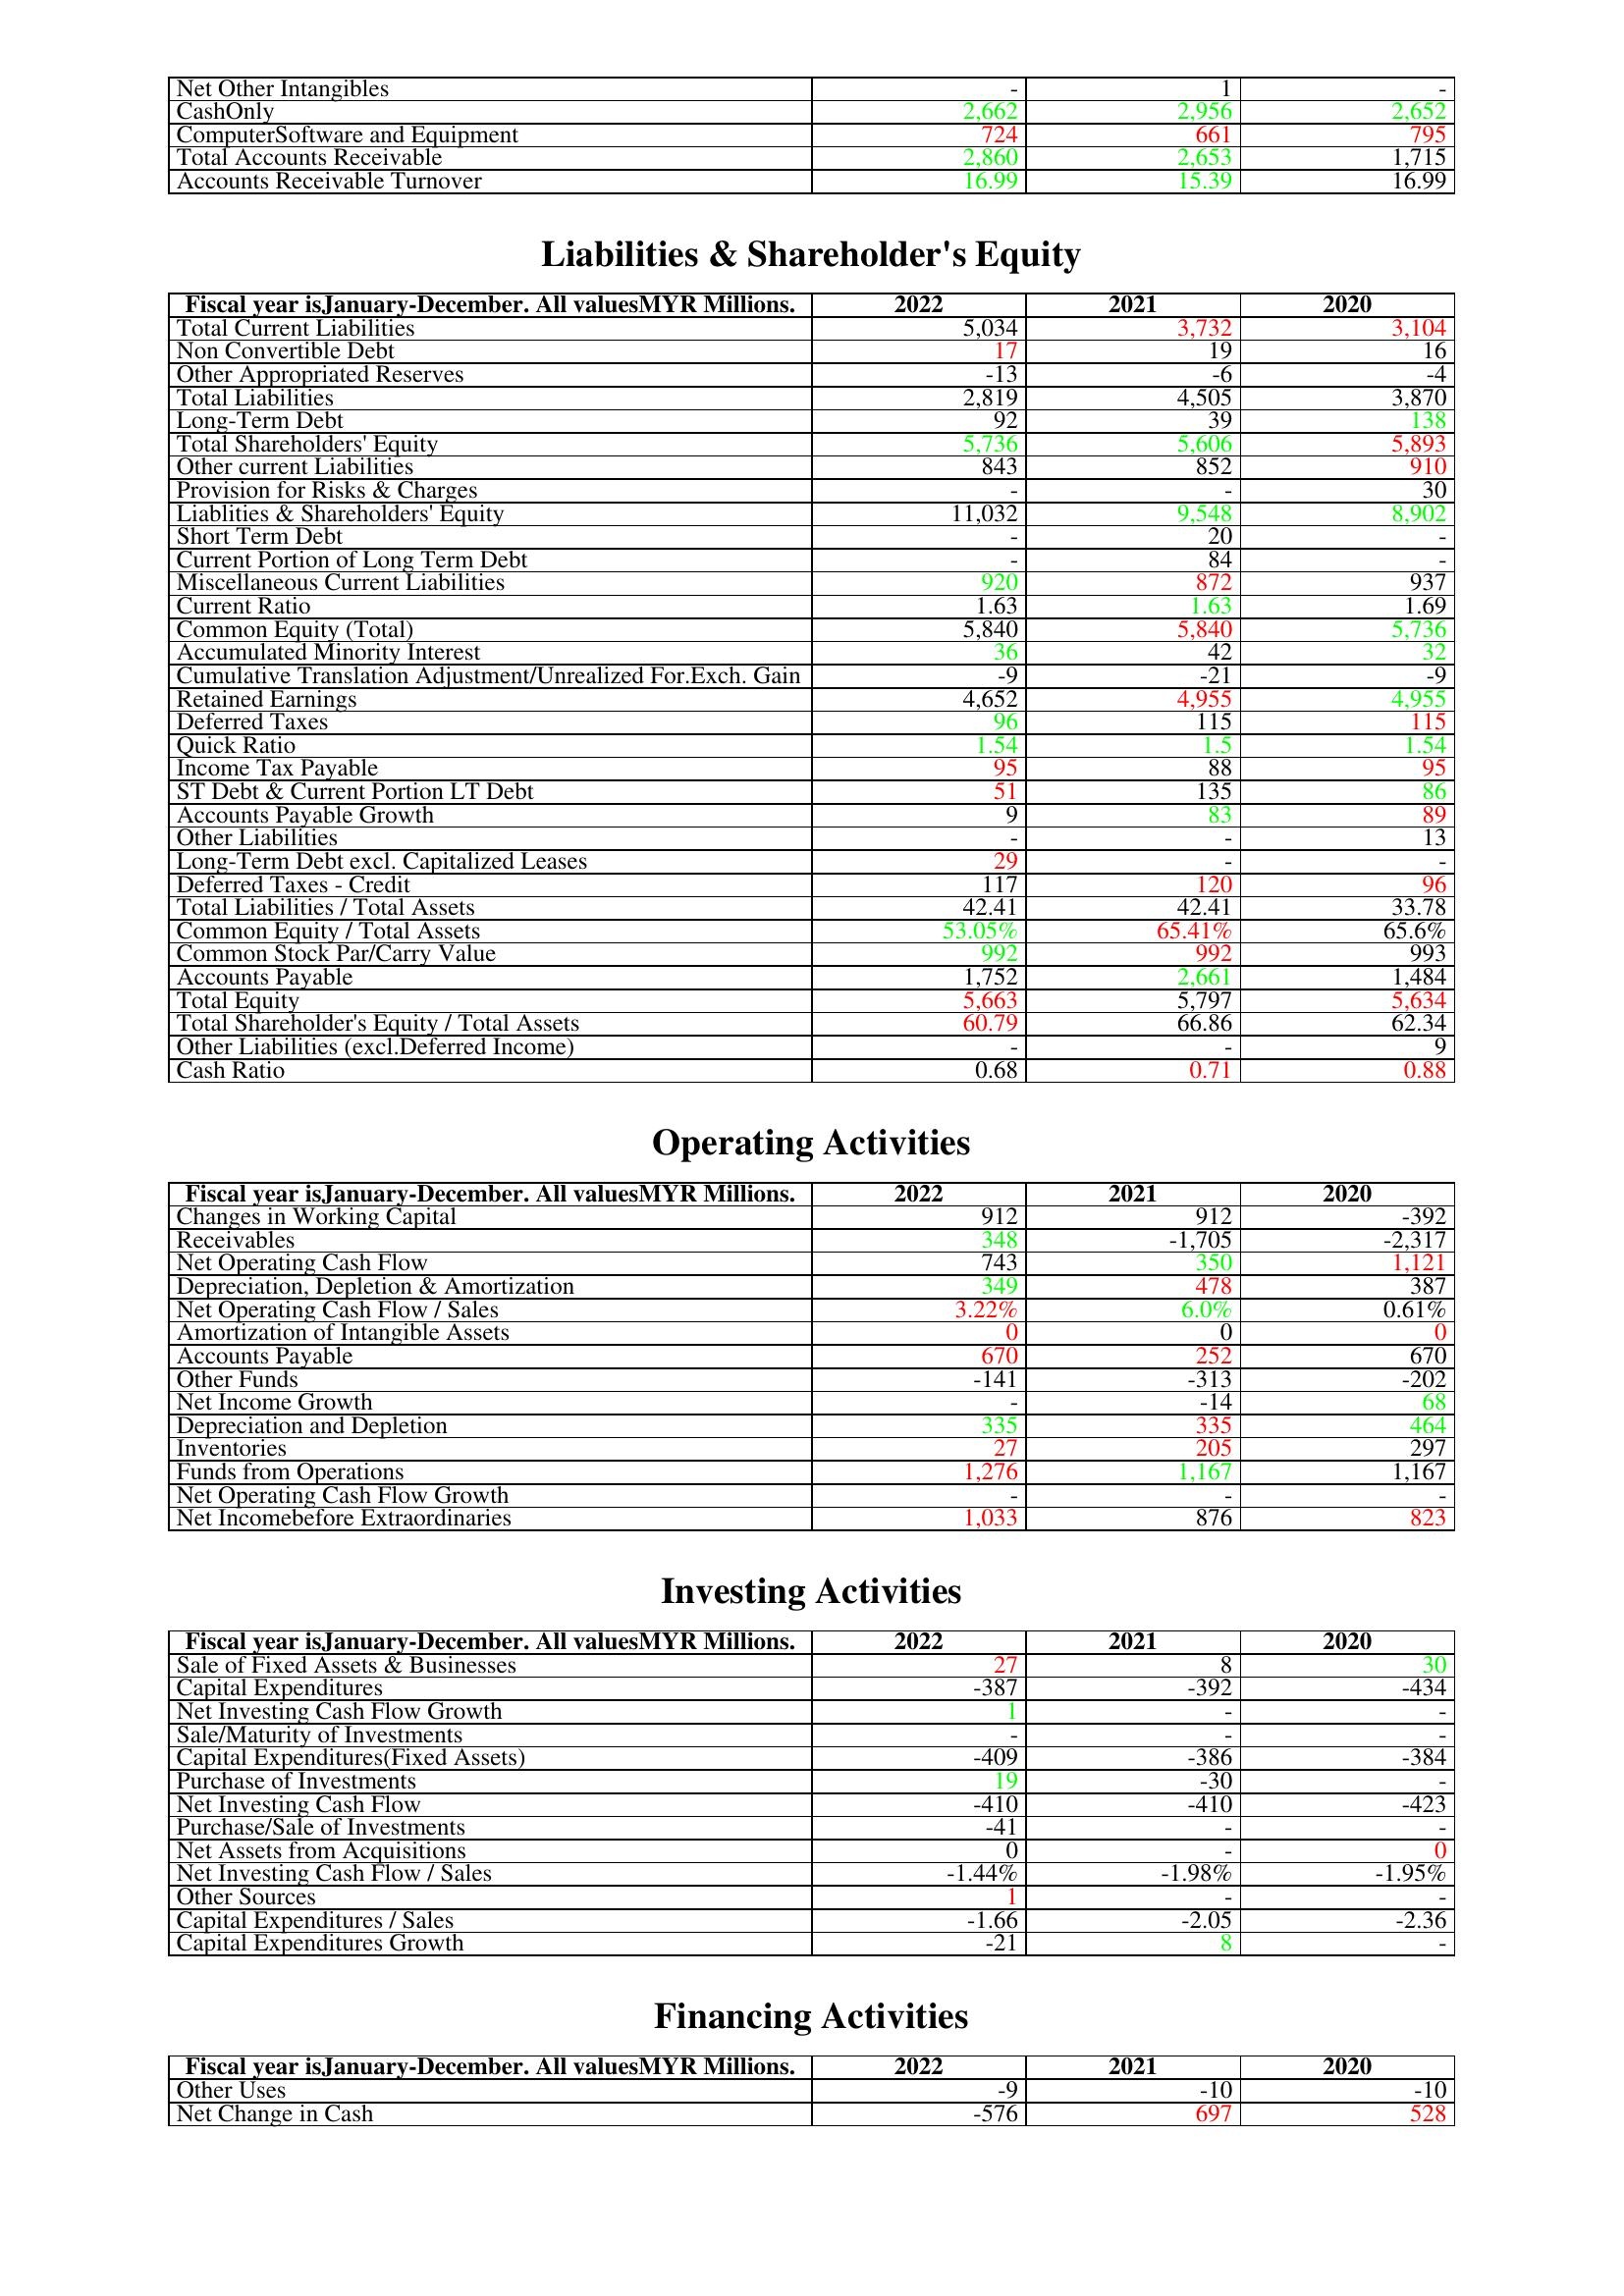
gt_parse: 2022: Assets: Net Other Intangibles: -
CashOnly: 2,662
ComputerSoftware and Equipment: 724
Total Accounts Receivable: 2,860
Accounts Receivable Turnover: 16.99
Liabilities & Shareholder's Equity: Total Current Liabilities: 5,034
Non Convertible Debt: 17
Other Appropriated Reserves: -13
Total Liabilities: 2,819
Long-Term Debt: 92
Total Shareholders' Equity: 5,736
Other current Liabilities: 843
Provision for Risks & Charges: -
Liablities & Shareholders' Equity: 11,032
Short Term Debt: -
Current Portion of Long Term Debt: -
Miscellaneous Current Liabilities: 920
Current Ratio: 1.63
Common Equity (Total): 5,840
Accumulated Minority Interest: 36
Cumulative Translation Adjustment/Unrealized For.Exch. Gain: -9
Retained Earnings: 4,652
Deferred Taxes: 96
Quick Ratio: 1.54
Income Tax Payable: 95
ST Debt & Current Portion LT Debt: 51
Accounts Payable Growth: 9
Other Liabilities: -
Long-Term Debt excl. Capitalized Leases: 29
Deferred Taxes - Credit: 117
Total Liabilities / Total Assets: 42.41
Common Equity / Total Assets: 53.05%
Common Stock Par/Carry Value: 992
Accounts Payable: 1,752
Total Equity: 5,663
Total Shareholder's Equity / Total Assets: 60.79
Other Liabilities (excl.Deferred Income): -
Cash Ratio: 0.68
Operating Activities: Changes in Working Capital: 912
Receivables: 348
Net Operating Cash Flow: 743
Depreciation, Depletion & Amortization: 349
Net Operating Cash Flow / Sales: 3.22%
Amortization of Intangible Assets: 0
Accounts Payable: 670
Other Funds: -141
Net Income Growth: -
Depreciation and Depletion: 335
Inventories: 27
Funds from Operations: 1,276
Net Operating Cash Flow Growth: -
Net Incomebefore Extraordinaries: 1,033
Investing Activities: Sale of Fixed Assets & Businesses: 27
Capital Expenditures: -387
Net Investing Cash Flow Growth: 1
Sale/Maturity of Investments: -
Capital Expenditures(Fixed Assets): -409
Purchase of Investments: 19
Net Investing Cash Flow: -410
Purchase/Sale of Investments: -41
Net Assets from Acquisitions: 0
Net Investing Cash Flow / Sales: -1.44%
Other Sources: 1
Capital Expenditures / Sales: -1.66
Capital Expenditures Growth: -21
Financing Activities: Other Uses: -9
Net Change in Cash: -576
2021: Assets: Net Other Intangibles: 1
CashOnly: 2,956
ComputerSoftware and Equipment: 661
Total Accounts Receivable: 2,653
Accounts Receivable Turnover: 15.39
Liabilities & Shareholder's Equity: Total Current Liabilities: 3,732
Non Convertible Debt: 19
Other Appropriated Reserves: -6
Total Liabilities: 4,505
Long-Term Debt: 39
Total Shareholders' Equity: 5,606
Other current Liabilities: 852
Provision for Risks & Charges: -
Liablities & Shareholders' Equity: 9,548
Short Term Debt: 20
Current Portion of Long Term Debt: 84
Miscellaneous Current Liabilities: 872
Current Ratio: 1.63
Common Equity (Total): 5,840
Accumulated Minority Interest: 42
Cumulative Translation Adjustment/Unrealized For.Exch. Gain: -21
Retained Earnings: 4,955
Deferred Taxes: 115
Quick Ratio: 1.5
Income Tax Payable: 88
ST Debt & Current Portion LT Debt: 135
Accounts Payable Growth: 83
Other Liabilities: -
Long-Term Debt excl. Capitalized Leases: -
Deferred Taxes - Credit: 120
Total Liabilities / Total Assets: 42.41
Common Equity / Total Assets: 65.41%
Common Stock Par/Carry Value: 992
Accounts Payable: 2,661
Total Equity: 5,797
Total Shareholder's Equity / Total Assets: 66.86
Other Liabilities (excl.Deferred Income): -
Cash Ratio: 0.71
Operating Activities: Changes in Working Capital: 912
Receivables: -1,705
Net Operating Cash Flow: 350
Depreciation, Depletion & Amortization: 478
Net Operating Cash Flow / Sales: 6.0%
Amortization of Intangible Assets: 0
Accounts Payable: 252
Other Funds: -313
Net Income Growth: -14
Depreciation and Depletion: 335
Inventories: 205
Funds from Operations: 1,167
Net Operating Cash Flow Growth: -
Net Incomebefore Extraordinaries: 876
Investing Activities: Sale of Fixed Assets & Businesses: 8
Capital Expenditures: -392
Net Investing Cash Flow Growth: -
Sale/Maturity of Investments: -
Capital Expenditures(Fixed Assets): -386
Purchase of Investments: -30
Net Investing Cash Flow: -410
Purchase/Sale of Investments: -
Net Assets from Acquisitions: -
Net Investing Cash Flow / Sales: -1.98%
Other Sources: -
Capital Expenditures / Sales: -2.05
Capital Expenditures Growth: 8
Financing Activities: Other Uses: -10
Net Change in Cash: 697
2020: Assets: Net Other Intangibles: -
CashOnly: 2,652
ComputerSoftware and Equipment: 795
Total Accounts Receivable: 1,715
Accounts Receivable Turnover: 16.99
Liabilities & Shareholder's Equity: Total Current Liabilities: 3,104
Non Convertible Debt: 16
Other Appropriated Reserves: -4
Total Liabilities: 3,870
Long-Term Debt: 138
Total Shareholders' Equity: 5,893
Other current Liabilities: 910
Provision for Risks & Charges: 30
Liablities & Shareholders' Equity: 8,902
Short Term Debt: -
Current Portion of Long Term Debt: -
Miscellaneous Current Liabilities: 937
Current Ratio: 1.69
Common Equity (Total): 5,736
Accumulated Minority Interest: 32
Cumulative Translation Adjustment/Unrealized For.Exch. Gain: -9
Retained Earnings: 4,955
Deferred Taxes: 115
Quick Ratio: 1.54
Income Tax Payable: 95
ST Debt & Current Portion LT Debt: 86
Accounts Payable Growth: 89
Other Liabilities: 13
Long-Term Debt excl. Capitalized Leases: -
Deferred Taxes - Credit: 96
Total Liabilities / Total Assets: 33.78
Common Equity / Total Assets: 65.6%
Common Stock Par/Carry Value: 993
Accounts Payable: 1,484
Total Equity: 5,634
Total Shareholder's Equity / Total Assets: 62.34
Other Liabilities (excl.Deferred Income): 9
Cash Ratio: 0.88
Operating Activities: Changes in Working Capital: -392
Receivables: -2,317
Net Operating Cash Flow: 1,121
Depreciation, Depletion & Amortization: 387
Net Operating Cash Flow / Sales: 0.61%
Amortization of Intangible Assets: 0
Accounts Payable: 670
Other Funds: -202
Net Income Growth: 68
Depreciation and Depletion: 464
Inventories: 297
Funds from Operations: 1,167
Net Operating Cash Flow Growth: -
Net Incomebefore Extraordinaries: 823
Investing Activities: Sale of Fixed Assets & Businesses: 30
Capital Expenditures: -434
Net Investing Cash Flow Growth: -
Sale/Maturity of Investments: -
Capital Expenditures(Fixed Assets): -384
Purchase of Investments: -
Net Investing Cash Flow: -423
Purchase/Sale of Investments: -
Net Assets from Acquisitions: 0
Net Investing Cash Flow / Sales: -1.95%
Other Sources: -
Capital Expenditures / Sales: -2.36
Capital Expenditures Growth: -
Financing Activities: Other Uses: -10
Net Change in Cash: 528